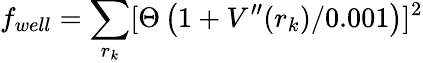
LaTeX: f_{well}=\sum_{r_{k}}[\Theta\left(1+V^{\prime\prime}(r_{k})/0.001\right)]^{2}